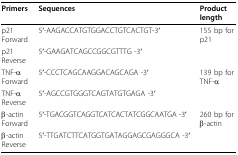
| Primers | Sequences | Product length |
 | --- | --- | --- |
 | p21 Forward | 5'-AAGACCATGTGGACCTGTCACTGT-3' | 155 bp for p21 |
 | p21 Reverse | 5'-GAAGATCAGCCGGCGTTTG -3' |  |
 | TNF-α Forward | 5'-CCCTCAGCAAGGACAGCAGA -3' | 139 bp for TNF-α |
 | TNF-α Reverse | 5'-AGCCGTGGGTCAGTATGTGAGA -3' |  |
 | β-actin Forward | 5'-TGACGGTCAGGTCATCACTATCGGCAATGA -3' | 260 bp for β-actin |
 | β-actin Reverse | 5'-TTGATCTTCATGGTGATAGGAGCGAGGGCA -3' |  |